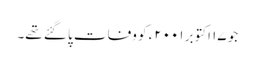
جو ۱۷ اکتوبر ۲۰۰۱ء کو وفات پا گئے تھے۔